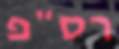
רס"פ